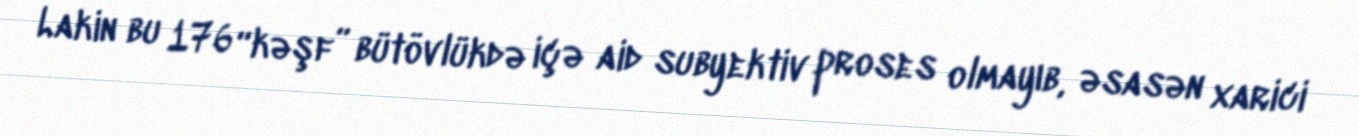
Lakin bu 176 “kəşf” bütövlükdə içə aid subyektiv proses olmayıb, əsasən xarici